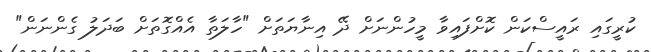
ކުރީގައި ރައީސްކަން ކޮށްފައިވާ މީހުންނަށް ދޭ އިނާޔަތަށް "ހާލަތާ އެއްގޮތަށް ބަދަލު ގެންނަން"